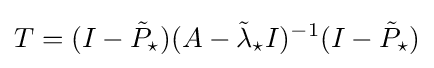
T=(I-{\tilde {P}}_{\star })(A-{\tilde {\lambda }}_{\star }I)^{-1}(I-{\tilde {P}}_{\star })